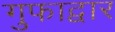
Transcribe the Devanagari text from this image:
गुफाद्वार